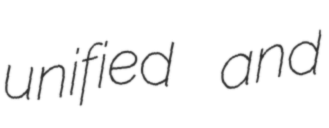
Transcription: unified and